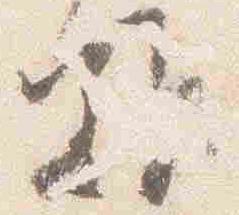
難